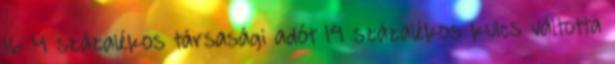
16 4 százalékos társasági adót 19 százalékos kulcs váltotta